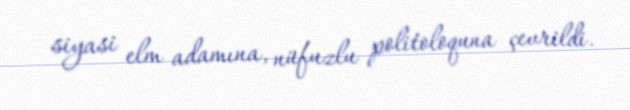
siyasi elm adamına, nüfuzlu politoloquna çevrildi.